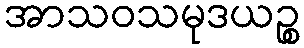
အာသဝသမုဒယဉ္စ